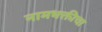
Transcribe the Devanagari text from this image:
नामभक्तीचा